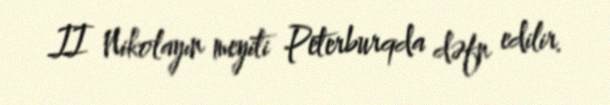
II Nikolayın meyiti Peterburqda dəfn edilir.